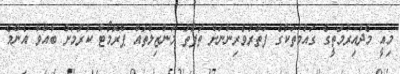
މިއީ މެދުއިރުމަތީގެ ގައުމުތަކުގެ ފަތުރުވެރިންނަށް ތަފާތު މަންޒިލްތައް ޕްރޮމޯޓް ކުރުމަށް ބާއްވާ އެންމެ